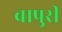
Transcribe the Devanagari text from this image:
बापुरी